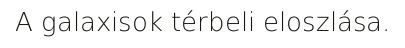
A galaxisok térbeli eloszlása.